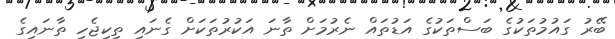
ބޭރު ގައުމުތަކުގެ ބަސްތަކުގެ އަޑުތައް ނެރުމަށް ތާނަ އަކުރުތަކަށް ގެނައި ތިކިޖެހި ތާނައިގެ